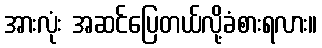
အားလုံး အဆင်ပြေတယ်လို့ခံစားရလား။